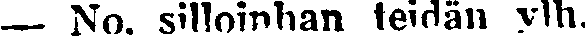
— No. silloinhan teidän ylh.